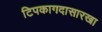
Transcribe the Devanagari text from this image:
टिपकागदासारखा